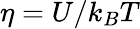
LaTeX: \eta=U/k_{B}T